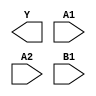
module sky130_fd_sc_hdll__o21ai (
    Y ,
    A1,
    A2,
    B1
);

    output Y ;
    input  A1;
    input  A2;
    input  B1;

    // Voltage supply signals
    supply1 VPWR;
    supply0 VGND;
    supply1 VPB ;
    supply0 VNB ;

endmodule